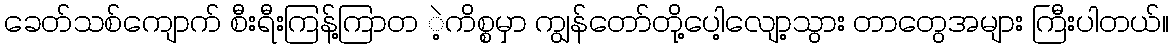
ခေတ်သစ်ကျောက် စီးရီးကြန့်ကြာတ ဲ့ကိစ္စမှာ ကျွန်တော်တို့ပေါ့လျော့သွား တာတွေအများ ကြီးပါတယ်။